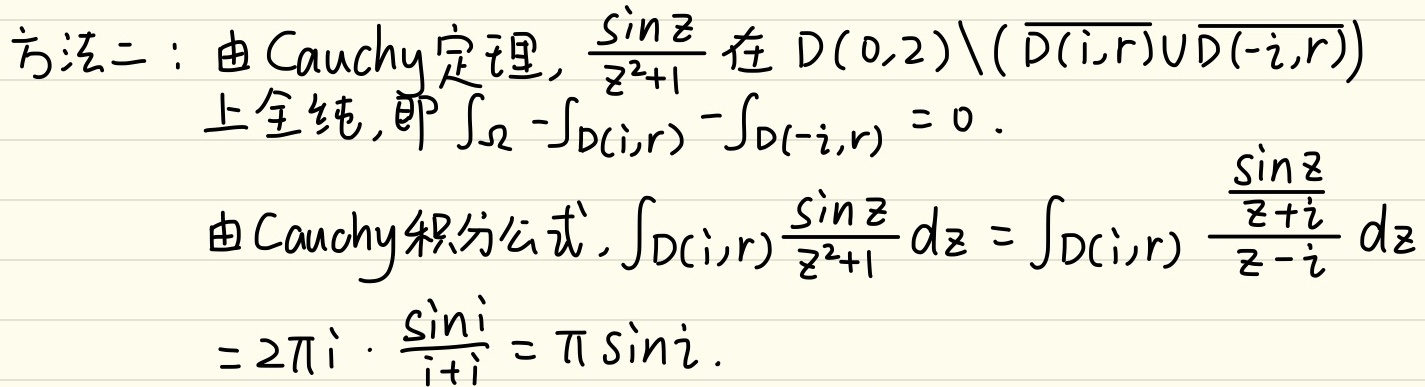
方法二：由Cauchy定理，\(\frac{\sin z}{z^{2}+1}\)在\(D(0,2)\backslash(\overline{D(i,r)}\cup\overline{D(-i,r)})\)上全纯，即\(\int_{\Omega} -\int_{D(i,r)}-\int_{D(-i,r)} = 0\)。

由Cauchy积分公式，\(\int_{D(i,r)}\frac{\sin z}{z^{2}+1} dz = \int_{D(i,r)} \frac{\frac{\sin z}{z + i}}{z - i} dz = 2\pi i\cdot\frac{\sin i}{i + i}= \pi\sin i\)。